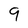
Character: q